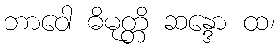
ဘာဝေါ ဓိမုတ္တိ ဆန္ဒော ထ၊